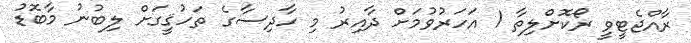
ރާއްޖެޓީވީ ރޯކޮށްލިތާ 1 އަހަރުވުމަށް ދާއިރު މި ހާދިސާގެ ތަހުޤީގަށް ލިބުނު މާބޮޑު